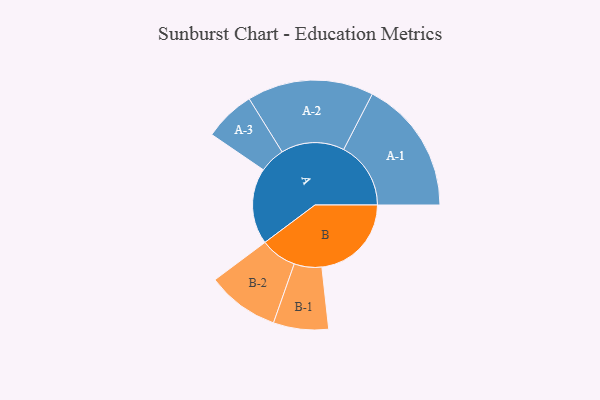
{"axis": {"x": "Segment", "y": "Value"}, "legend": ["", "A", "B"], "data": [{"x": "A", "y": 315, "type": ""}, {"x": "B", "y": 371, "type": ""}, {"x": "A-1", "y": 278, "type": "A"}, {"x": "A-2", "y": 262, "type": "A"}, {"x": "A-3", "y": 106, "type": "A"}, {"x": "B-1", "y": 114, "type": "B"}, {"x": "B-2", "y": 150, "type": "B"}]}